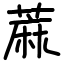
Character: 蔴